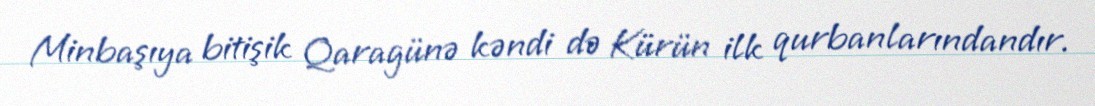
Minbaşıya bitişik Qaragünə kəndi də Kürün ilk qurbanlarındandır.